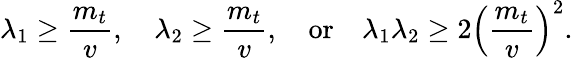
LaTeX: {\lambda_{1}}\ge{\frac{m_{t}}{v}},\quad{\lambda_{2}}\ge{\frac{m_{t}}{v}},\quad\mathrm{or}\quad{\lambda_{1}\lambda_{2}}\ge{2}\left(\frac{m_{t}}{v}\right)^{2}.